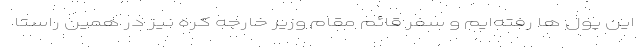
این پول ها رفته‌ایم و سفر قائم مقام وزیر خارجه کره نیز در همین راستا